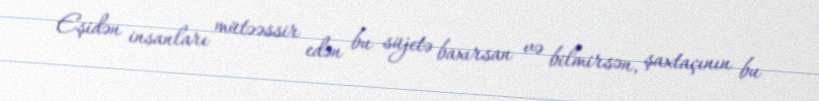
Eşidən insanları mütəəssir edən bu süjetə baxırsan və bilmirsən, şaxtaçının bu